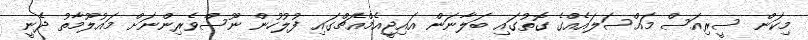
މިކަން ސީރިއަސް މައްސަލައެއްގެ ގޮތުގައި ބަލާނަން އައިޖީއެމްއެޗްގައި ފުލުހުން ނޫސްވެރިންނަށް މައުލޫމާތު ދެނީ